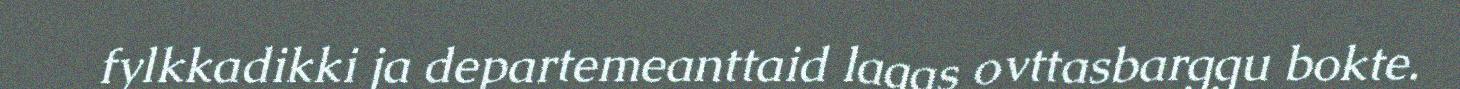
fylkkadikki ja departemeanttaid lagas ovttasbarggu bokte.